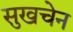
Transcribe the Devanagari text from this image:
सुखचेन